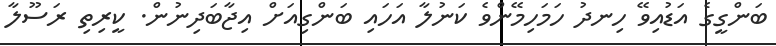
ބަންގީގެ އަޑުއިވޭ ހިނދު ހަމަހިމޭންވެ ކަނުލާ އަހައި ބަންގިއަށް އިޖާބަދިނުން. ކީރިތި ރަސޫލާ